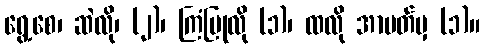
ရွေ့စေ၊ ဆဲလို၊ (၂)၊ ကြံပြုလို (၁)၊ ထလို အာပတ်မှ (၁)။